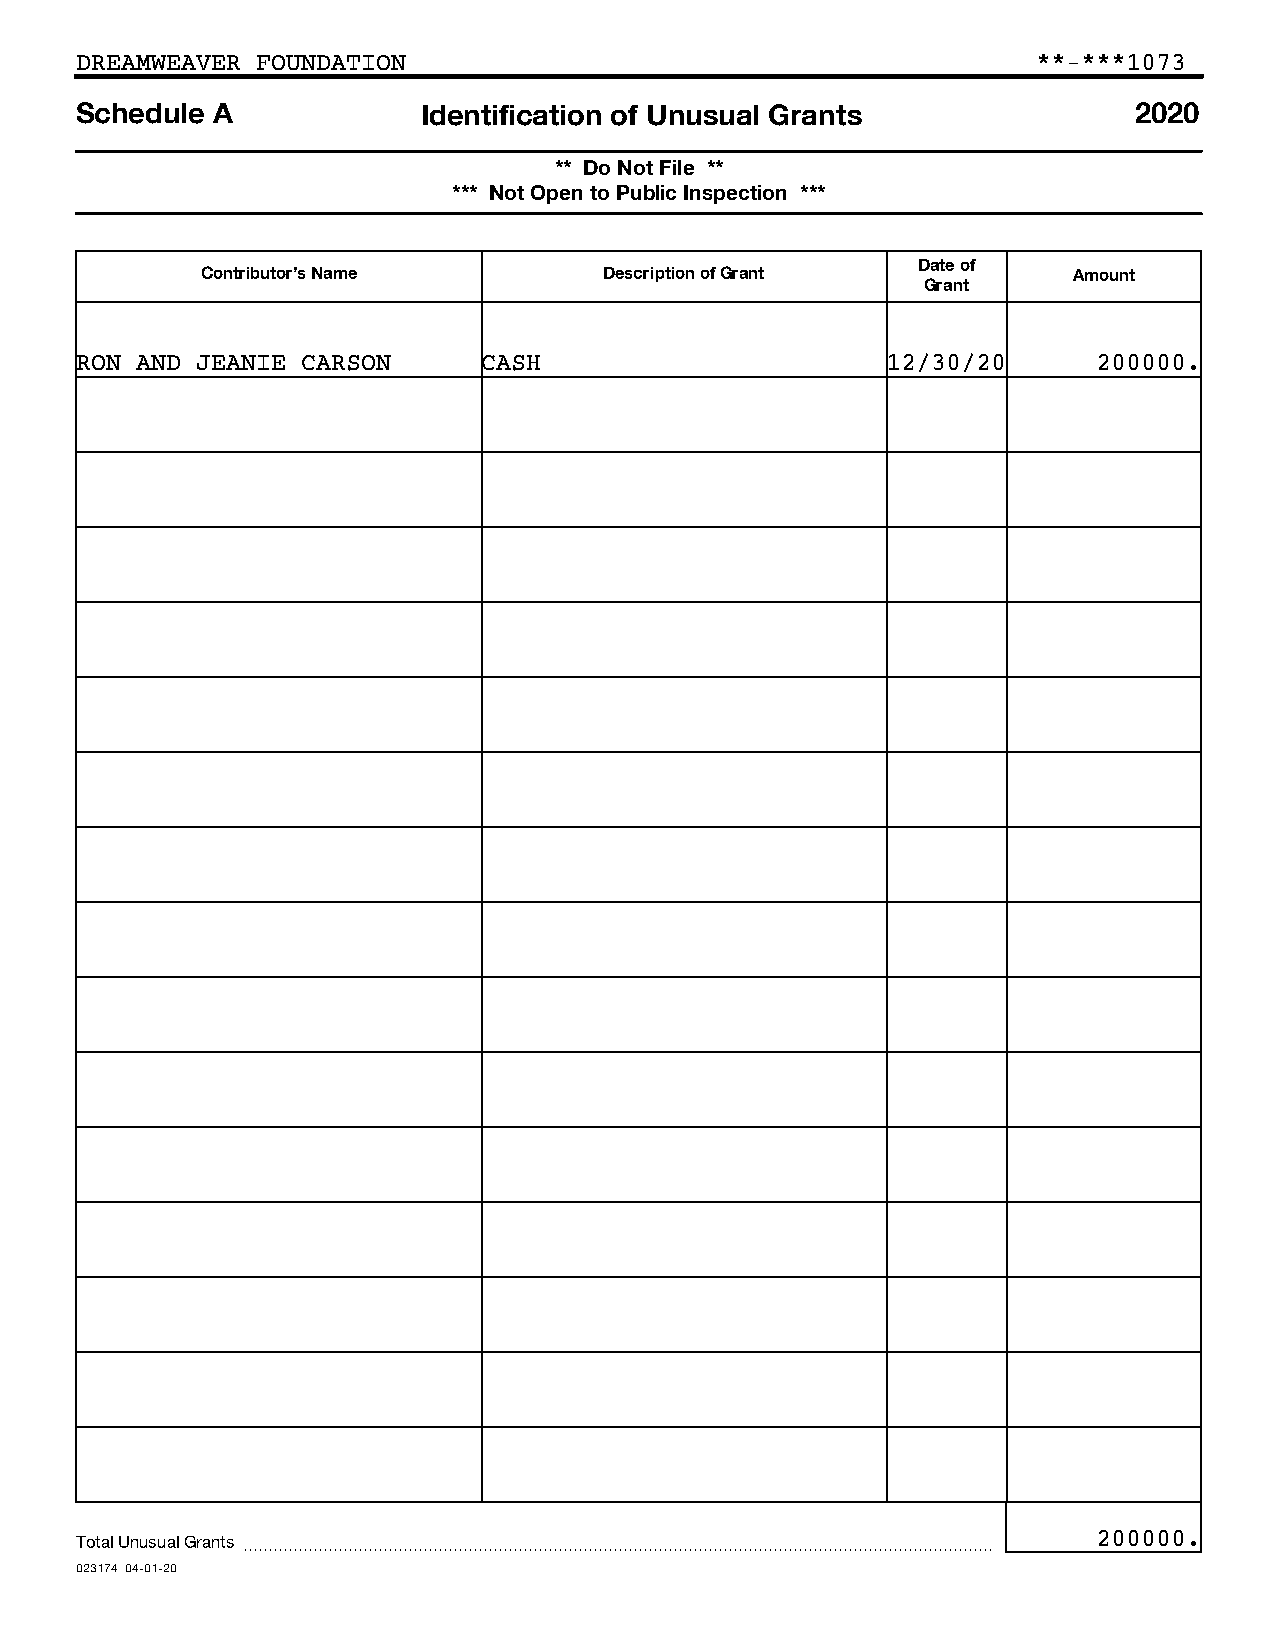
DREAMWEAVER FOUNDATION                                          **-***1073
 Schedule A             Identification of Unusual Grants               2020
 ** Do Not File **
 *** Not Open to Public Inspection ***
 Date of
 Contributor’s Name         Description of Grant           Amount
 Grant
 RON AND JEANIE CARSON      CASH                       12/30/20      200000.
 Total Unusual Grants ~~~~~~~~~~~~~~~~~~~~~~~~~~~~~~~~~~~~~~~~~~~~~~~~~~ 200000.
 023174 04-01-20